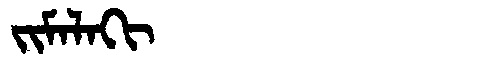
Manchu: ᠵᡳᠮᠠᠯᠠᡴᡳ
Romanization: JIMALAKI